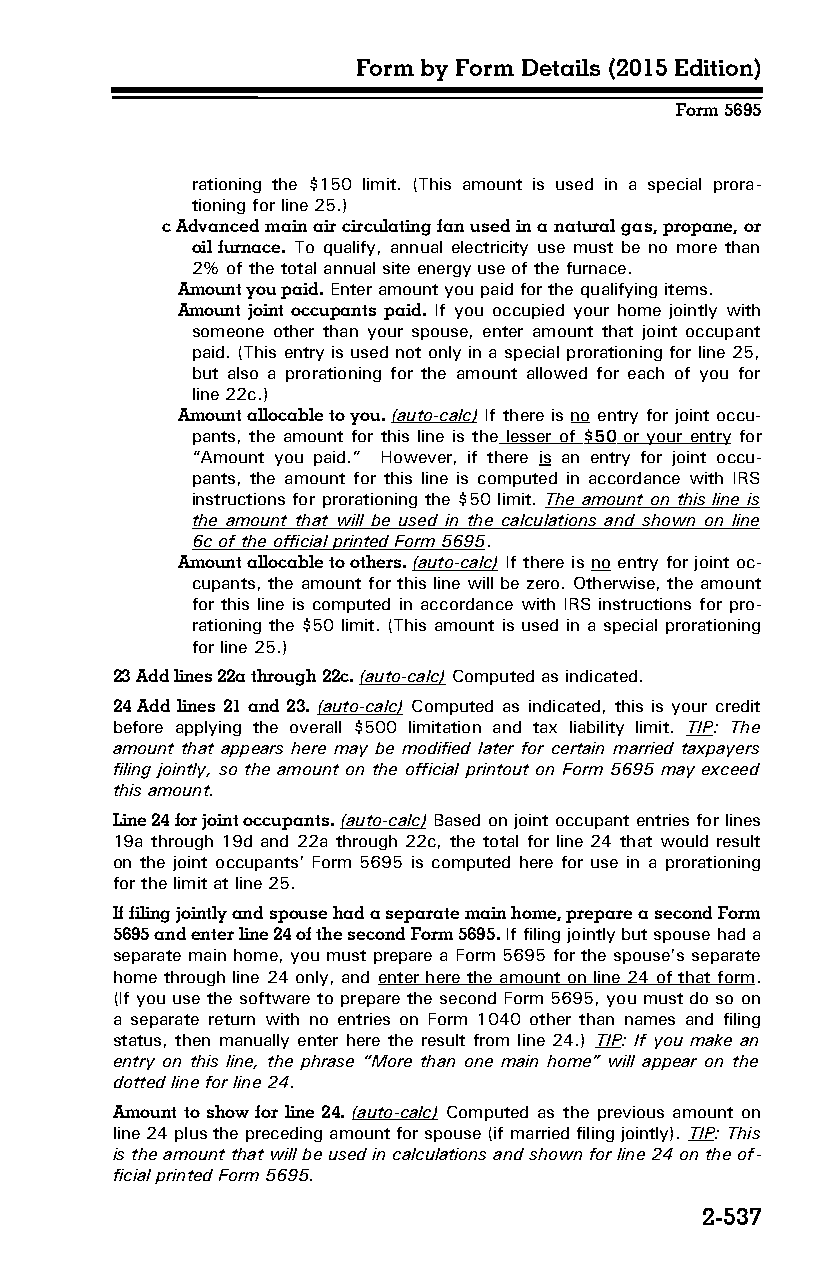
Form by Form Details (2015 Edition)
 Form 5695
 rationing the $150 limit. (This amount is used in a special prora­
 tioning for line 25.)
 c Advanced main air circulating fan used in a natural gas, propane, or
 oil furnace. To qualify, annual electricity use must be no more than
 2% of the total annual site energy use of the furnace.
 Amount you paid. Enter amount you paid for the qualifying items.
 Amount joint occupants paid. If you occupied your home jointly with
 someone other than your spouse, enter amount that joint occupant
 paid. (This entry is used not only in a special prorationing for line 25,
 but also a prorationing for the amount allowed for each of you for
 line 22c.)
 Amount allocable to you. (auto-calc) If there is no entry for joint occu­
 pants, the amount for this line is the lesser of $50 or your entry for
 “Amount you paid.” However, if there is an entry for joint occu­
 pants, the amount for this line is computed in accordance with IRS
 instructions for prorationing the $50 limit. The amount on this line is
 the amount that will be used in the calculations and shown on line
 6c of the official printed Form 5695.
 Amount allocable to others. (auto-calc) If there is no entry for joint oc­
 cupants, the amount for this line will be zero. Otherwise, the amount
 for this line is computed in accordance with IRS instructions for pro­
 rationing the $50 limit. (This amount is used in a special prorationing
 for line 25.)
 23 Add lines 22a through 22c. (auto-calc) Computed as indicated.
 24 Add lines 21 and 23. (auto-calc) Computed as indicated, this is your credit
 before applying the overall $500 limitation and tax liability limit. TIP: The
 amount that appears here may be modified later for certain married taxpayers
 filing jointly, so the amount on the official printout on Form 5695 may exceed
 this amount.
 Line 24 for joint occupants. (auto-calc) Based on joint occupant entries for lines
 19a through 19d and 22a through 22c, the total for line 24 that would result
 on the joint occupants’ Form 5695 is computed here for use in a prorationing
 for the limit at line 25.
 If filing jointly and spouse had a separate main home, prepare a second Form
 5695 and enter line 24 of the second Form 5695. If filing jointly but spouse had a
 separate main home, you must prepare a Form 5695 for the spouse’s separate
 home through line 24 only, and enter here the amount on line 24 of that form.
 (If you use the software to prepare the second Form 5695, you must do so on
 a separate return with no entries on Form 1040 other than names and filing
 status, then manually enter here the result from line 24.) TIP: If you make an
 entry on this line, the phrase “More than one main home” will appear on the
 dotted line for line 24.
 Amount to show for line 24. (auto-calc) Computed as the previous amount on
 line 24 plus the preceding amount for spouse (if married filing jointly). TIP: This
 is the amount that will be used in calculations and shown for line 24 on the of­
 ficial printed Form 5695.
 2-537